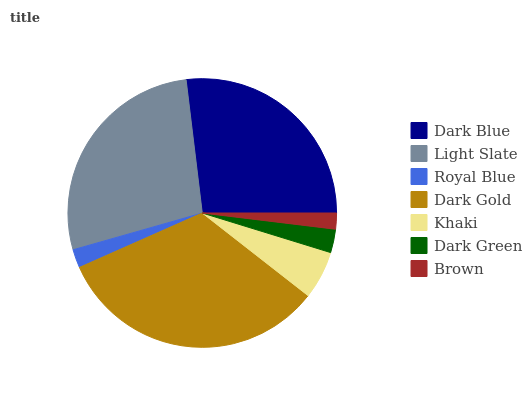
| Dark Blue | Light Slate | Royal Blue | Dark Gold | Khaki | Dark Green | Brown |
 | --- | --- | --- | --- | --- | --- | --- |
 | 26.9% | 27.5% | 2.23% | 32.8% | 5.79% | 2.83% | 1.93% |